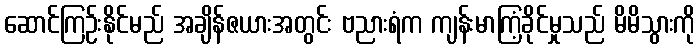
ဆောင်ကြဉ်းနိုင်မည် အချိန်ဇယားအတွင်း ဗညားရံက ကျန်းမာကြံ့ခိုင်မှုသည် မိမိသွားကို